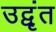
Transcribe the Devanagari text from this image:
उद्वृंत